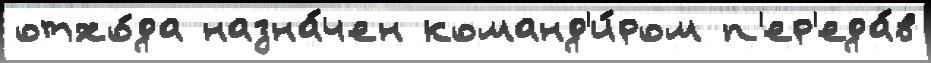
отхо́да назна́чен команд'и́ром п'ер'еда́в